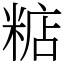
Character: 𥺦